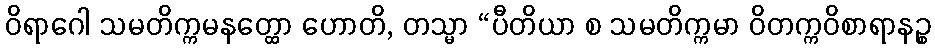
ဝိရာဂေါ သမတိက္ကမနတ္ထော ဟောတိ, တသ္မာ “ပီတိယာ စ သမတိက္ကမာ ဝိတက္ကဝိစာရာနဉ္စ